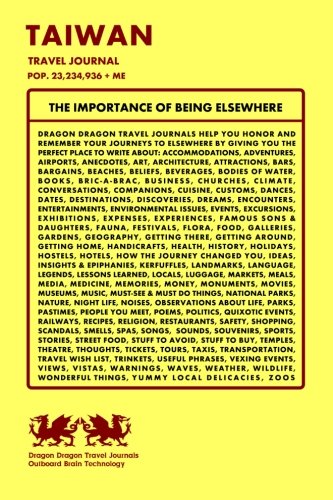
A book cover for Taiwan Travel Journal, Pop. 23,234,936 + Me; Dragon Dragon Travel Journals; Travel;